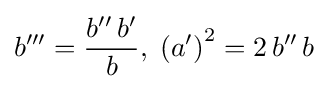
b^{\prime \prime \prime }={\frac {b^{\prime \prime }\,b^{\prime }}{b}},\;\left(a^{\prime }\right)^{2}=2\,b^{\prime \prime }\,b